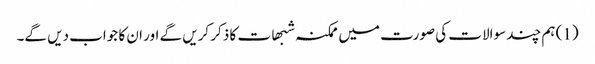
(1) ہم چند سوالات کی صورت میں ممکنہ شبھات کا ذکر کریں گے اور ان کا جواب دیں گے۔